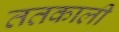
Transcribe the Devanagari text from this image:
ततकाली